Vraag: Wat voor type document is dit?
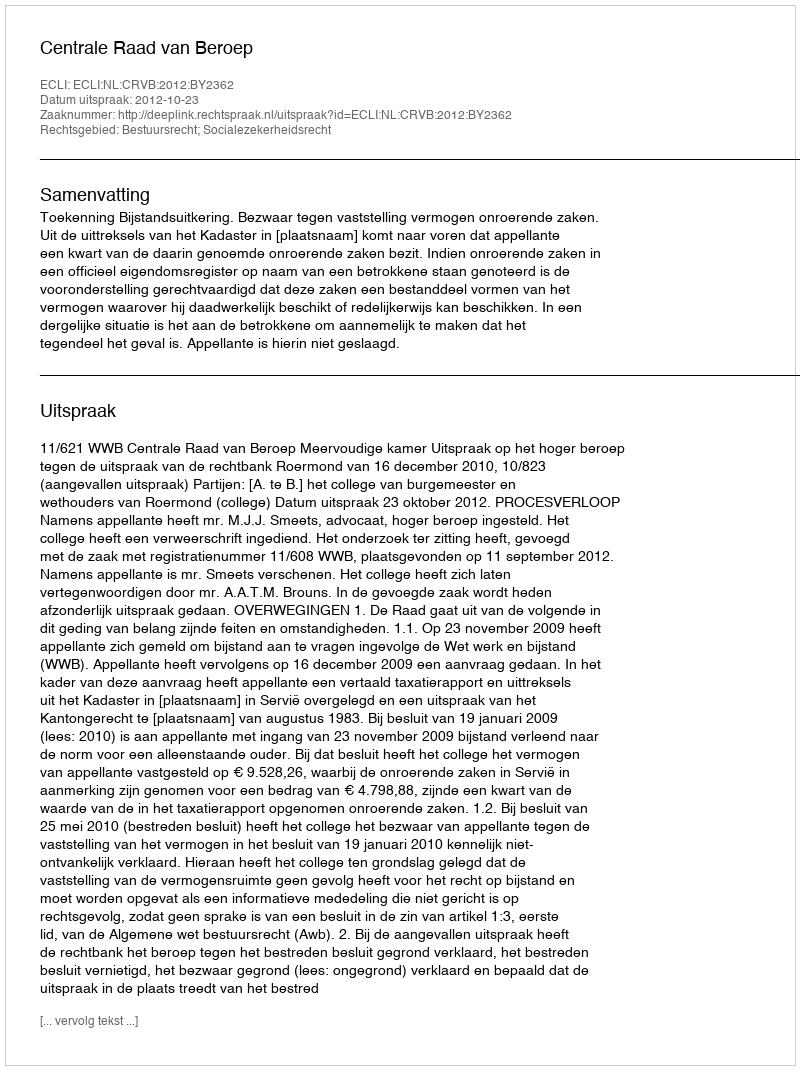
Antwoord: Uitspraak